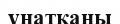
ұнатқаны